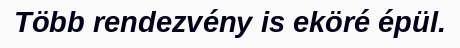
Több rendezvény is eköré épül.